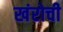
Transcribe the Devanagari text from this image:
खंरोची